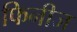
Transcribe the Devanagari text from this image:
फिनीज